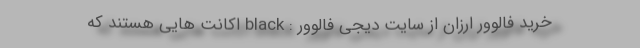
خرید فالوور ارزان از سایت دیجی فالوور : black اکانت هایی هستند که